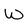
Character: W